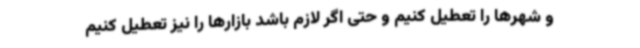
و شهرها را تعطیل کنیم و حتی اگر لازم باشد بازارها را نیز تعطیل کنیم